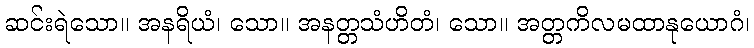
ဆင်းရဲသော။ အနရိယံ၊ သော။ အနတ္တသံဟိတံ၊ သော။ အတ္တကိလမထာနုယောဂံ၊